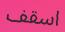
اسقف